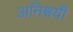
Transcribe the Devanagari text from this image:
अनिश्चयी